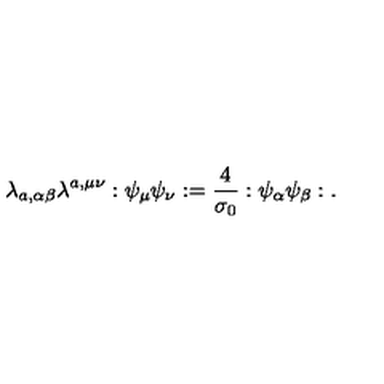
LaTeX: \lambda _ { a , \alpha \beta } \lambda ^ { a , \mu \nu } : \psi _ { \mu } \psi _ { \nu } : = \frac { 4 } { \sigma _ { 0 } } : \psi _ { \alpha } \psi _ { \beta } : .